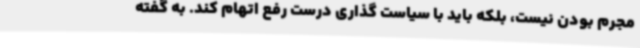
مجرم بودن نیست، بلکه باید با سیاست گذاری درست رفع اتهام کند. به گفته